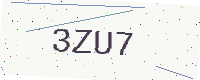
Text: 3ZU7